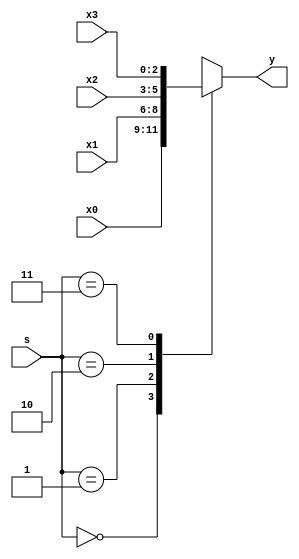

module mux_4x1_nbit
#(parameter n = 3)
(
input [n-1:0]x0, x1, x2, x3,
input [1:0]s,
output reg [n-1:0]y
);

always @ (*)
begin
	case (s)
		2'b00: y = x0;
		2'b01: y = x1;
		2'b10: y = x2;
		2'b11: y = x3;
		default: y = 'bx;
	endcase

end
endmodule